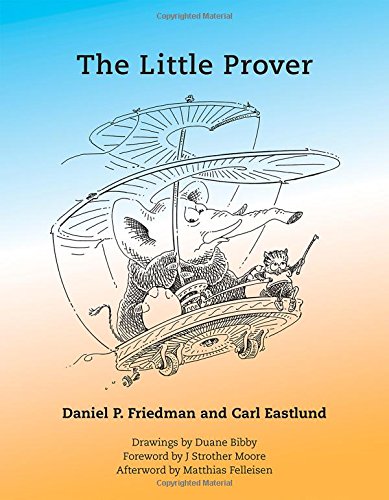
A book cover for The Little Prover; Daniel P. Friedman; Computers & Technology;